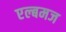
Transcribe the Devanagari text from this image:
एल्बमज